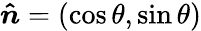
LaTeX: \boldsymbol{\hat{n}}=(\cos{\theta},\sin{\theta})